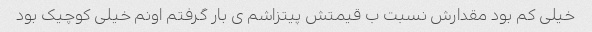
خیلی کم بود مقدارش نسبت ب قیمتش پیتزاشم ی بار گرفتم اونم خیلی کوچیک بود